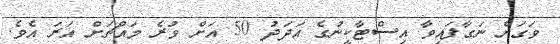
ވަގަށް ނަގާފައިވާ އިސްޓާކީނުގެ އަދަދު 50 އަށް ވުރެ މައްޗަށް އަރަ އެވެ.